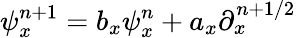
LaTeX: \psi_{x}^{n+1}=b_{x}\psi_{x}^{n}+a_{x}\partial_{x}^{n+1/2}